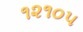
૧૨૧૦૫